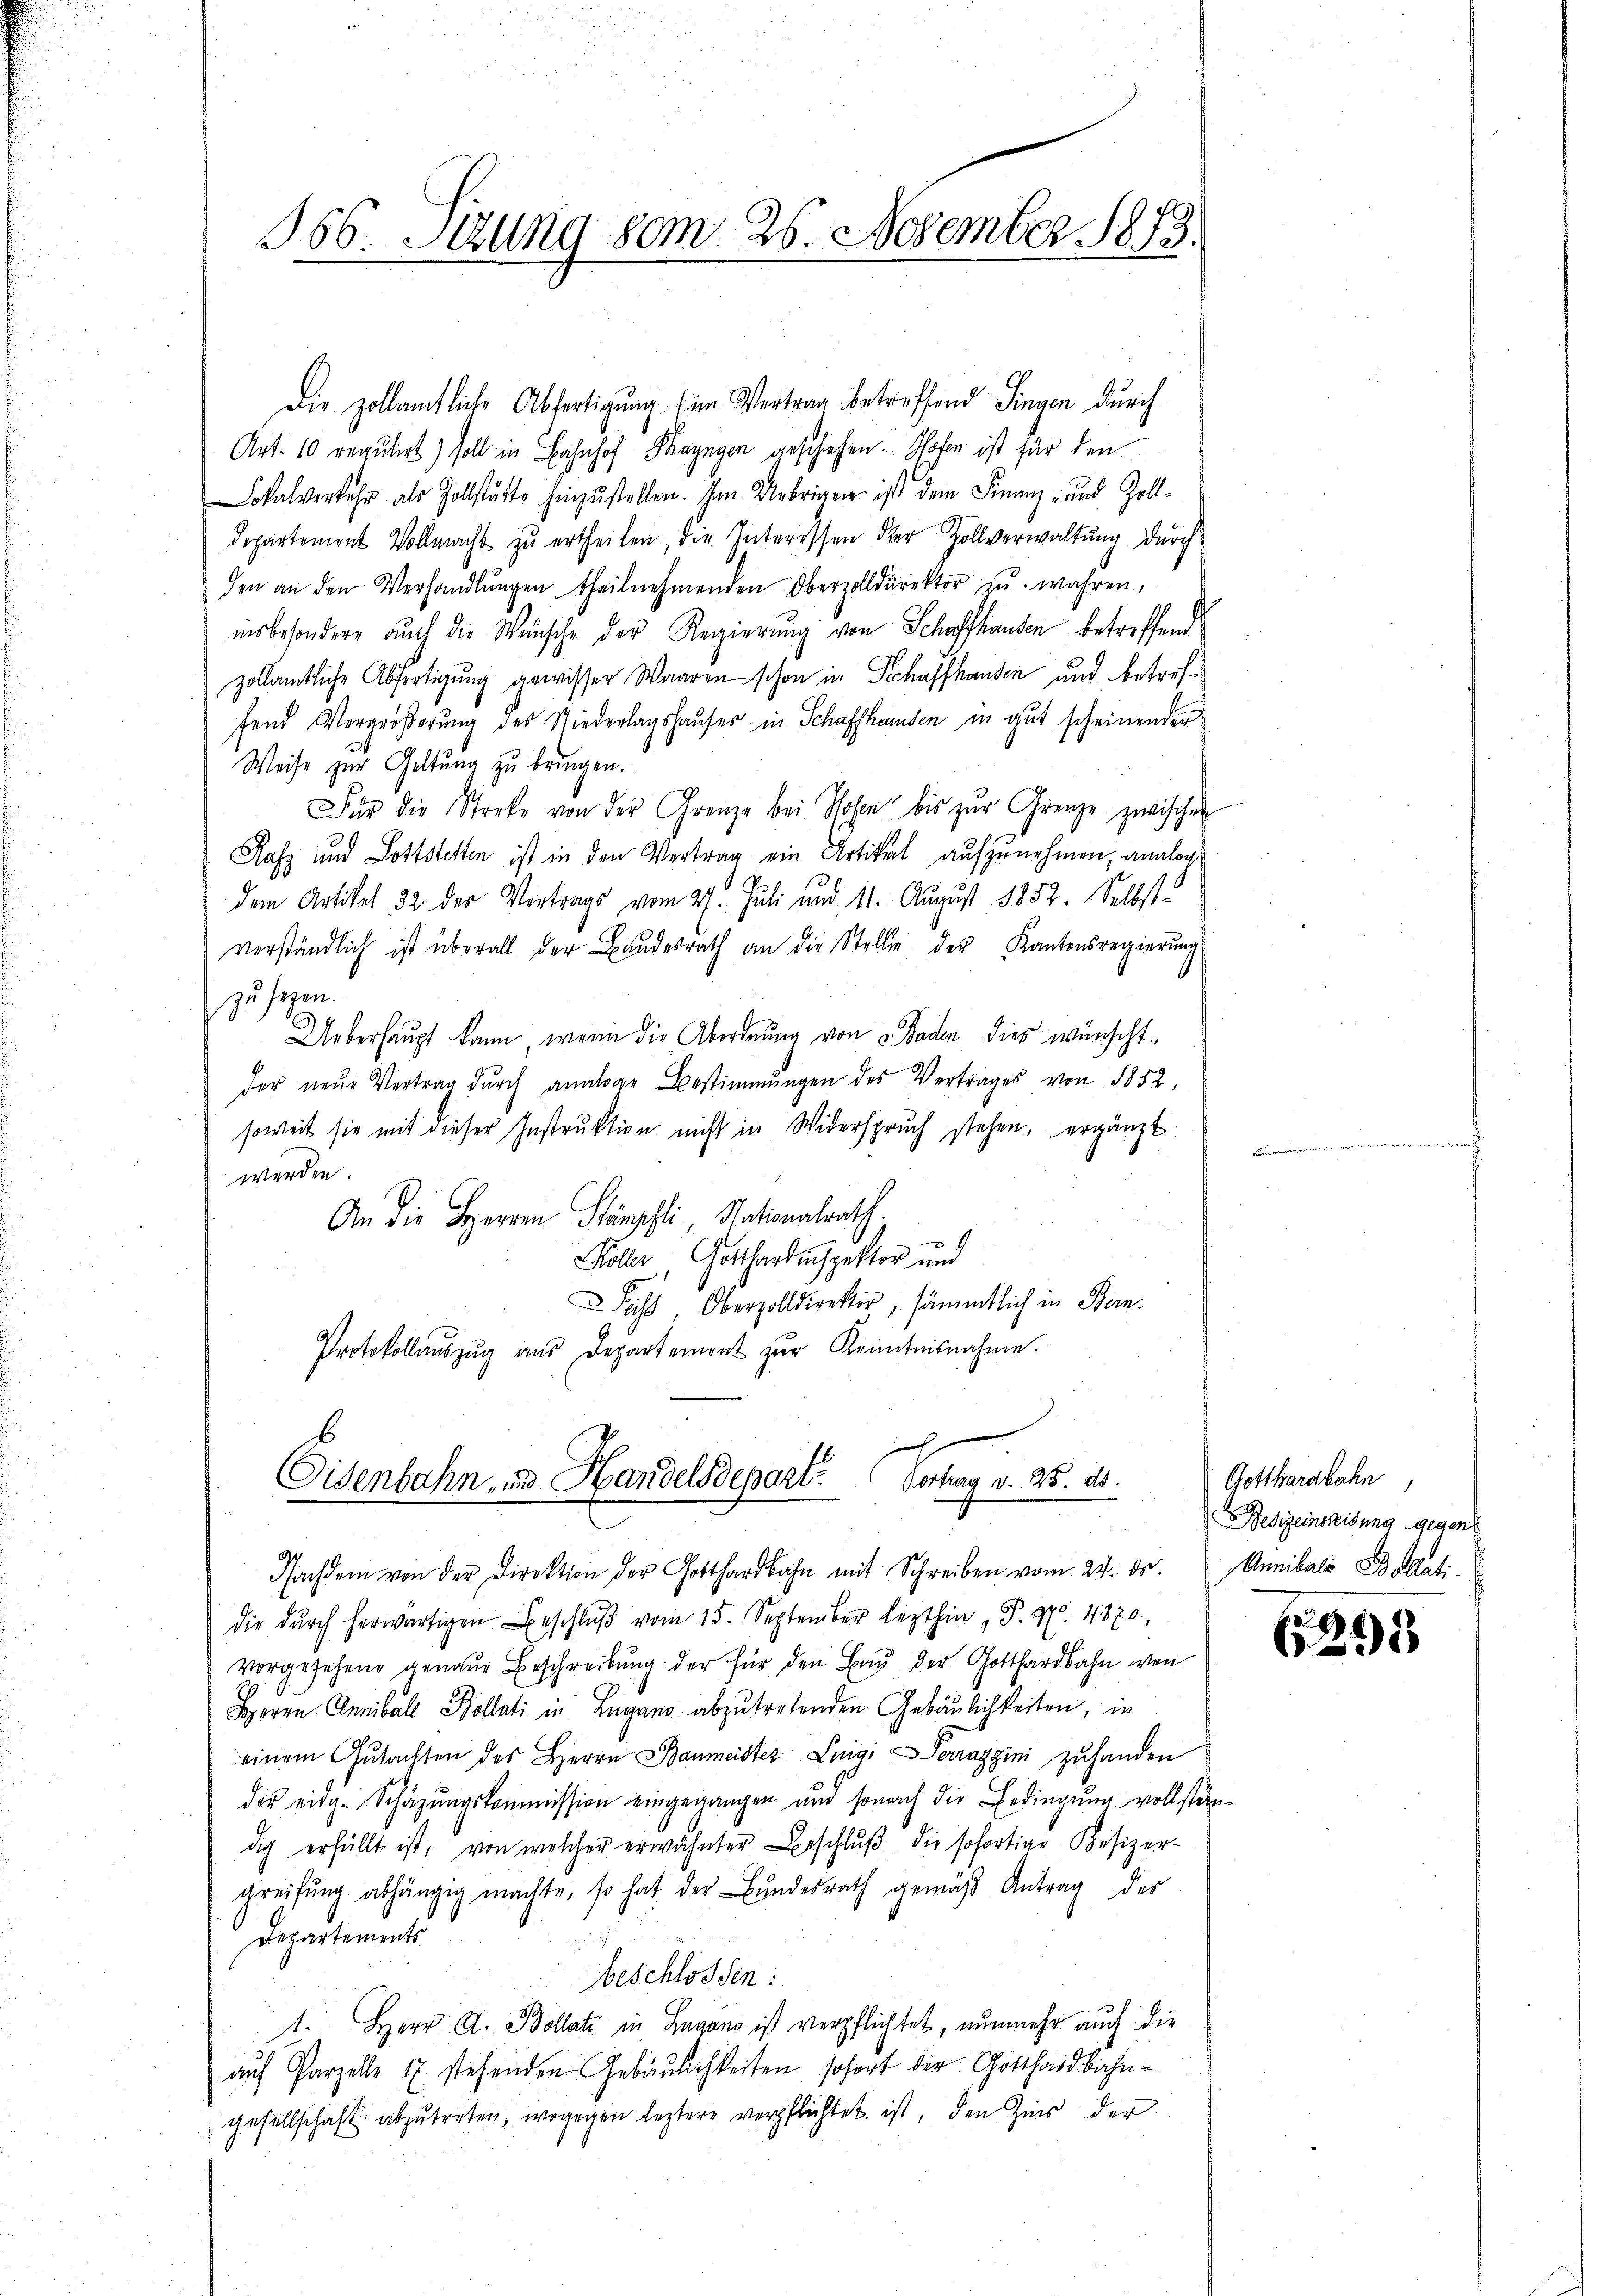
366. Sezung vom 26. November 1873.

Die zollamtliche Abfertigung im Vertrag betreffend Singen durch
Art. 10 regulirt) soll in Bahnhof Thayngen geschiehen. Hofen ist für den
Lokalverkehr als Zollstätte hinzŭstellen. Im Uebrigen ist dem Finanz- und Zoll-
departement Vollmacht zu ertheilen, die Interessen der Zollverwaltung durch
den an den Verhandlŭngen theilnehmenden Oberzolldirektor zŭ wahren,
insbesondere auch die Wünsche der Regierung von Schaffhausen betreffend
zollamtliche Abfertigung gewisser Waaren schon in Schaffhausen und betreffend Vergrößerung des Niederlagshauser in Schaffhausen in gut scheinender
Weise zur Geltung zu bringen.
Für die Streke von der Grenze bei Hohen bis zŭr Grenze zwischen
Rafz und Lottstetten ist in den Vertrag ein Artikal aufzunehmen, analog
dem Artikel 32 des Vertrags vom 27. Juli und 11. August 1852. Selbst
verständlich ist überall der Bundesrath an die Stelle der Kantonsregierŭng
zu sagen.
)
Ueberhaupt kann, wenn die Abordnung von Baden dies wünscht.
der neŭe Vertrag dŭrch analoge Bestimmungen des Vertrages von 1852.
soweit sie mit dieser Instruktion nicht in Widerspruch stehen, ergänzt
werden.
An die Herren Stämpfli, Nationalrath.
Koller Gottharduchpektor und
Ficht Oberzolldirekter, sämmtlich in Bern.
Protokollaŭszŭg aŭs Departement zŭr Kenntnisnahme.
|
Vortrag v. 25. ds.
Eisenbahn- und Handelsdepart
Nachdem von der Direktion der Gotthardbahn mit Schreiben vom 24. ds.
die durch herwärtigen Beschlŭβ vom 15. September lezthin P. Nr. 4870
vorgesehene genaue Beschreibung der für den Bau der Gotthardbahn von
Herrn Anniball Bollati in Lugano abzŭtretenden Gebäŭlichkeiten, in
einem Gutachten des Herrn Baumeister Luig, Derraggini zuhanden
der eidg. Schäzŭngskommission eingegangen und sonach die Bedingŭng vollstern-
dig erfüllt ist, von welcher erwähnter Beschlŭβ die sofortige Besizer-
greifung abhängig machte, so hat der Bundesrath gemäß Antrag des
Departements
Beschlossen:
A. Herr A. Bollati in Zugano ist verpflichtet, nunmehr auch die
auf Parzelle 17 stehenden Gebäulichkeiten sofort der Gotthardbahngesellschaft abzutreten, wogegen leztere verpflichtet ist, den Zins der

Gotthardbahn
Besizeinsteigung gegent
Annibals Bollati

29